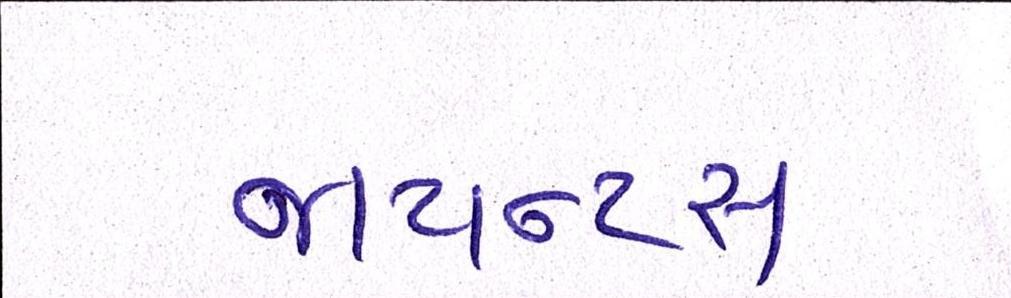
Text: જાયન્ટસ